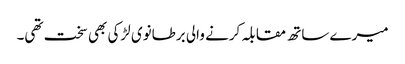
میرے ساتھ مقابلہ کرنے والی برطانوی لڑکی بھی سخت تھی۔